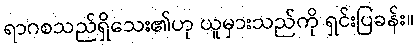
ရာဂစသည်ရှိသေး၏ဟု ယူမှားသည်ကို ရှင်းပြခန်း။